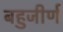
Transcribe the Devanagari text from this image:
बहुजीर्ण